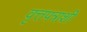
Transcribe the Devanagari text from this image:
वृत्तपत्राशी